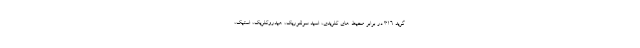
گرید 316 در برابر محیط های کلریدی، اسید سولفوریک، هیدروکلریک، استیک،